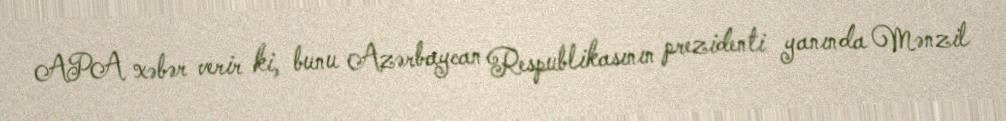
APA xəbər verir ki, bunu Azərbaycan Respublikasının prezidenti yanında Mənzil